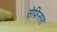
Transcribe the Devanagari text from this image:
सेफ़िसस